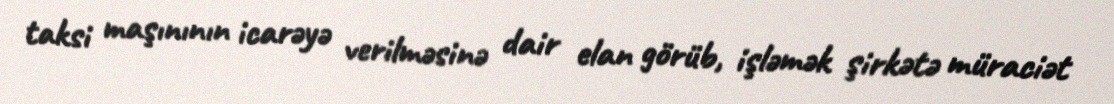
taksi maşınının icarəyə verilməsinə dair elan görüb, işləmək şirkətə müraciət